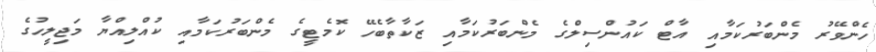
ހެންވޭރު މެންބަރުކަމާއި އާޓް ކައުންސިލްގެ މެންބަރުކަމާއި ޒަކާތާބެހޭ ކޮމެޓީގެ މެންބަރުކަމާއި ކުއްލިއްޔާ މަޖިލީހުގެ